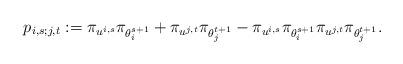
LaTeX: \begin{align*}p_{i,s;j,t} := \pi_{u^{i,s}} \pi_{\theta_i^{s+1}} + \pi_{u^{j,t}} \pi_{\theta_j^{t+1}}- \pi_{u^{i,s}} \pi_{\theta_i^{s+1}}\pi_{u^{j,t}} \pi_{\theta_j^{t+1}}.\end{align*}